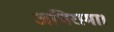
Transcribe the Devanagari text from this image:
अभिरामा।